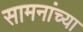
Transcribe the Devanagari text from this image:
सामनांच्या